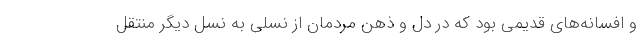
و افسانه‌های قدیمی بود که در دل و ذهن مردمان از نسلی به نسل دیگر منتقل